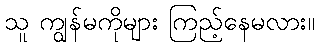
သူ ကျွန်မကိုများ ကြည့်နေမလား။